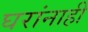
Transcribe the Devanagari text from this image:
घरांनाही